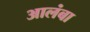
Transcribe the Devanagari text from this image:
आलंबा